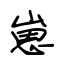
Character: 崽